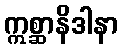
ဣစ္ဆာနိဒါနာ